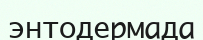
энтодермада